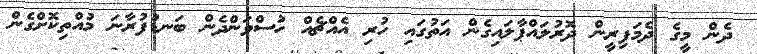
ދެން މީގެ ދެމަފިރީން ދޮރުލައްޕާލައިގެން އަތުގައި ހުރި އެއްޗެއް ހުސްވަންދެން ބަނޑުފުރާނަ މުއްތިކޮށްގެން